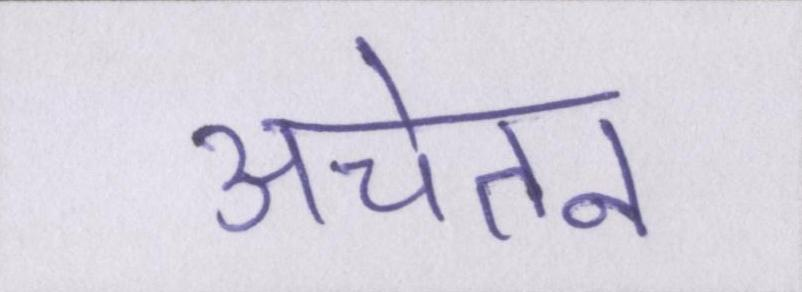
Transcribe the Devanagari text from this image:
अचेतन